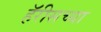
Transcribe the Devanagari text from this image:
हॅरीसच्या